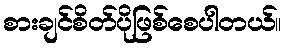
စားချင်စိတ်ပိုဖြစ်စေပါတယ်။